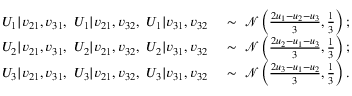
\begin{array} { r l } { U _ { 1 } | v _ { 2 1 } , v _ { 3 1 } , \ U _ { 1 } | v _ { 2 1 } , v _ { 3 2 } , \ U _ { 1 } | v _ { 3 1 } , v _ { 3 2 } } & { \ \sim \ \mathcal { N } \left( \frac { 2 u _ { 1 } - u _ { 2 } - u _ { 3 } } { 3 } , \frac { 1 } { 3 } \right) ; } \\ { U _ { 2 } | v _ { 2 1 } , v _ { 3 1 } , \ U _ { 2 } | v _ { 2 1 } , v _ { 3 2 } , \ U _ { 2 } | v _ { 3 1 } , v _ { 3 2 } } & { \ \sim \ \mathcal { N } \left( \frac { 2 u _ { 2 } - u _ { 1 } - u _ { 3 } } { 3 } , \frac { 1 } { 3 } \right) ; } \\ { U _ { 3 } | v _ { 2 1 } , v _ { 3 1 } , \ U _ { 3 } | v _ { 2 1 } , v _ { 3 2 } , \ U _ { 3 } | v _ { 3 1 } , v _ { 3 2 } } & { \ \sim \ \mathcal { N } \left( \frac { 2 u _ { 3 } - u _ { 1 } - u _ { 2 } } { 3 } , \frac { 1 } { 3 } \right) . } \end{array}